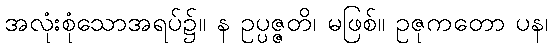
အလုံးစုံသောအရပ်၌။ န ဥပ္ပဇ္ဇတိ၊ မဖြစ်။ ဥဇုကတော ပန၊